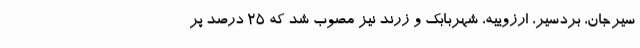
سیرجان، بردسیر، ارزوییه، شهربابک و زرند نیز مصوب شد که 25 درصد پر